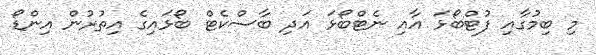
މި ބިމުގާއި ފުޓްބޯޅަ އާއި ނެޓްބޯޅަ އަދި ބާސްކެޓް ބޯޅައިގެ އިތުރުން އިންޑޯ